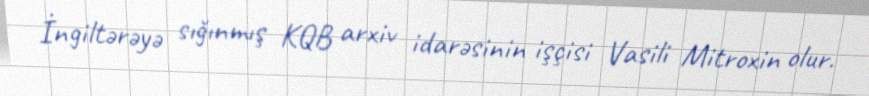
İngiltərəyə sığınmış KQB arxiv idarəsinin işçisi Vasili Mitroxin olur.